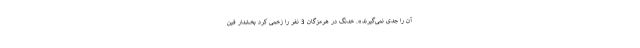
آن را جدی نمی‌گیرند». خدنگ در هرمزگان 3 نفر را زخمی کرد بخشدار فین